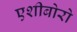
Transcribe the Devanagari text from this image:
एशीबोरो